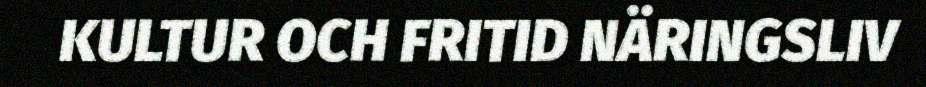
KULTUR OCH FRITID NÄRINGSLIV